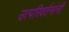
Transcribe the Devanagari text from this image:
उत्परिवर्तनांनी